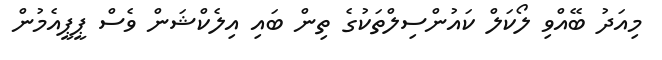
މިއަދު ބޭއްވި ލޯކަލް ކައުންސިލްތަކުގެ ތިން ބައި އިލެކްޝަން ވެސް ޕީޕީއެމުން